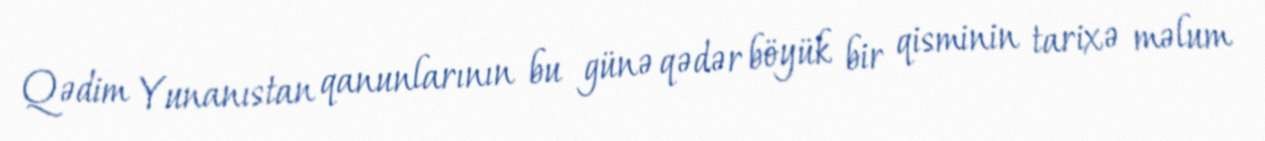
Qədim Yunanıstan qanunlarının bu günə qədər böyük bir qisminin tarixə məlum